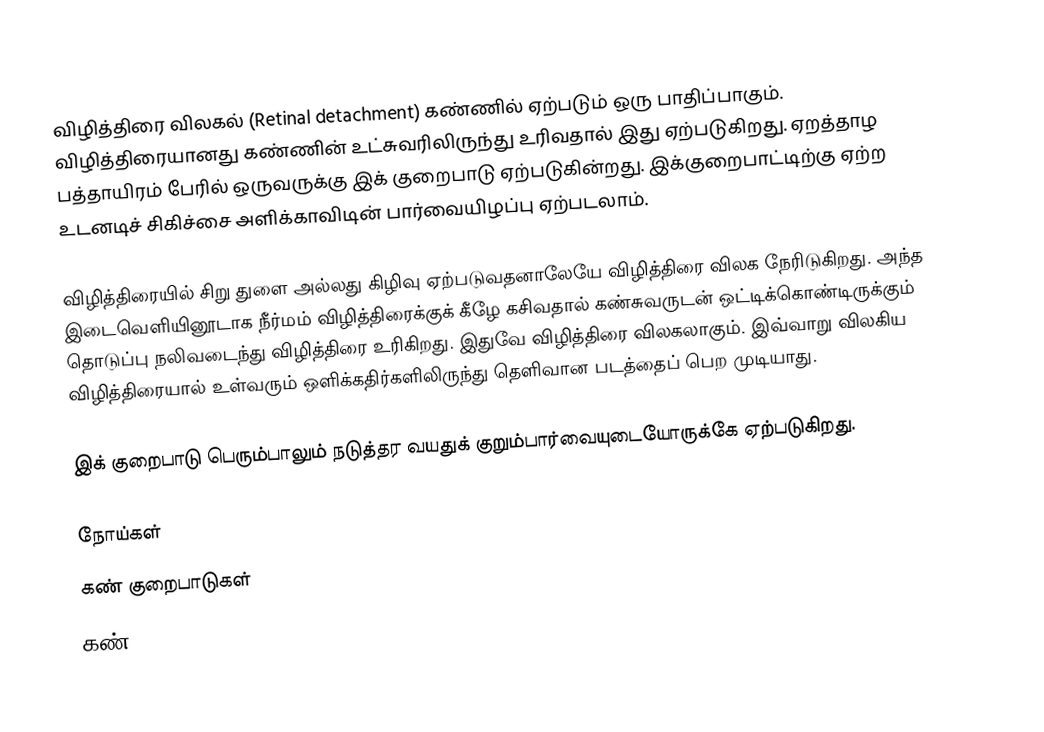
விழித்திரை விலகல் (Retinal detachment) கண்ணில் ஏற்படும் ஒரு பாதிப்பாகும். விழித்திரையானது கண்ணின் உட்சுவரிலிருந்து உரிவதால் இது ஏற்படுகிறது. ஏறத்தாழ பத்தாயிரம் பேரில் ஒருவருக்கு இக் குறைபாடு ஏற்படுகின்றது. இக்குறைபாட்டிற்கு ஏற்ற உடனடிச் சிகிச்சை அளிக்காவிடின் பார்வையிழப்பு ஏற்படலாம்.

விழித்திரையில் சிறு துளை அல்லது கிழிவு ஏற்படுவதனாலேயே விழித்திரை விலக நேரிடுகிறது. அந்த இடைவெளியினூடாக நீர்மம் விழித்திரைக்குக் கீழே கசிவதால் கண்சுவருடன் ஒட்டிக்கொண்டிருக்கும் தொடுப்பு நலிவடைந்து விழித்திரை உரிகிறது. இதுவே விழித்திரை விலகலாகும். இவ்வாறு விலகிய விழித்திரையால் உள்வரும் ஒளிக்கதிர்களிலிருந்து தெளிவான படத்தைப் பெற முடியாது.

இக் குறைபாடு பெரும்பாலும் நடுத்தர வயதுக் குறும்பார்வையுடையோருக்கே ஏற்படுகிறது.

நோய்கள்
கண் குறைபாடுகள்
கண்